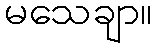
မသေချာ။